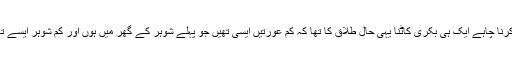
حضوؐر نے فرمایا کہ ولیمہ ضرور کرنا چاہے ایک ہی بکری کاٹنا یہی حال طلاق کا تھا کہ کم عورتیں ایسی تھیں جو پہلے شوہر کے گھر میں ہوں اور کم شوہر ایسے تھے جن کی پہلی بیوی ہی آخری ہوں۔